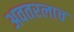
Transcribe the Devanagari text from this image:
अवतरलाच